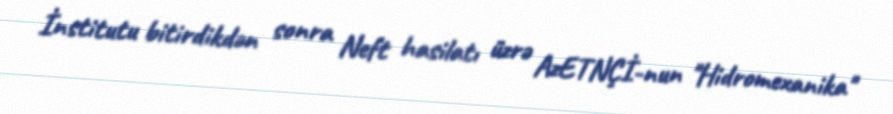
İnstitutu bitirdikdən sonra Neft hasilatı üzrə AzETNÇİ-nun "Hidromexanika"